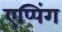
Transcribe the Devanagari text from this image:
एप्पिंग